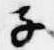
子